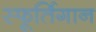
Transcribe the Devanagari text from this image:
स्फूर्तिगान